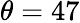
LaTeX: \theta=47